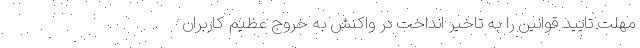
مهلت تایید قوانین را به تاخیر انداخت در واکنش به خروج عظیم کاربران